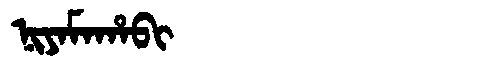
Manchu: ᠨᡳᠶᠠᠮᠠᡥᠠᠪᡳ
Romanization: NIYAMAHABI